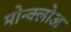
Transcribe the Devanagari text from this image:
मोन्क्लोअ